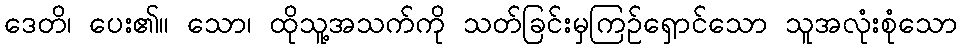
ဒေတိ၊ ပေး၏။ သော၊ ထိုသူ့အသက်ကို သတ်ခြင်းမှကြဉ်ရှောင်သော သူအလုံးစုံသော